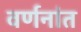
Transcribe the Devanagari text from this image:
वर्णनांत